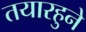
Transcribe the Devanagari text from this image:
तयारहुने